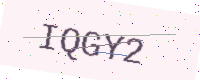
Text: IQGY2